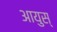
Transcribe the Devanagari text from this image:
आयुस्